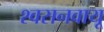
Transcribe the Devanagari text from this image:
श्वसनवायू